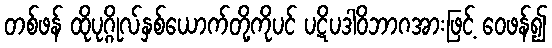
တစ်ဖန် ထိုပုဂ္ဂိုလ်နှစ်ယောက်တို့ကိုပင် ပဋိပဒါဝိဘာဂအားဖြင့် ဝေဖန်၍